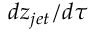
d z _ { j e t } / d \tau